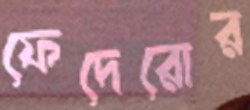
ফেদেরোর